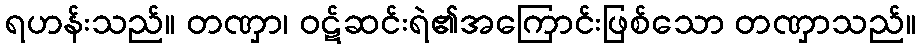
ရဟန်းသည်။ တဏှာ၊ ဝဋ်ဆင်းရဲ၏အကြောင်းဖြစ်သော တဏှာသည်။